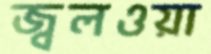
জ্বলওয়া